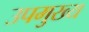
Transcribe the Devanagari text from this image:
उपमुख्य